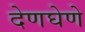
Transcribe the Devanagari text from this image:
देणघेणे